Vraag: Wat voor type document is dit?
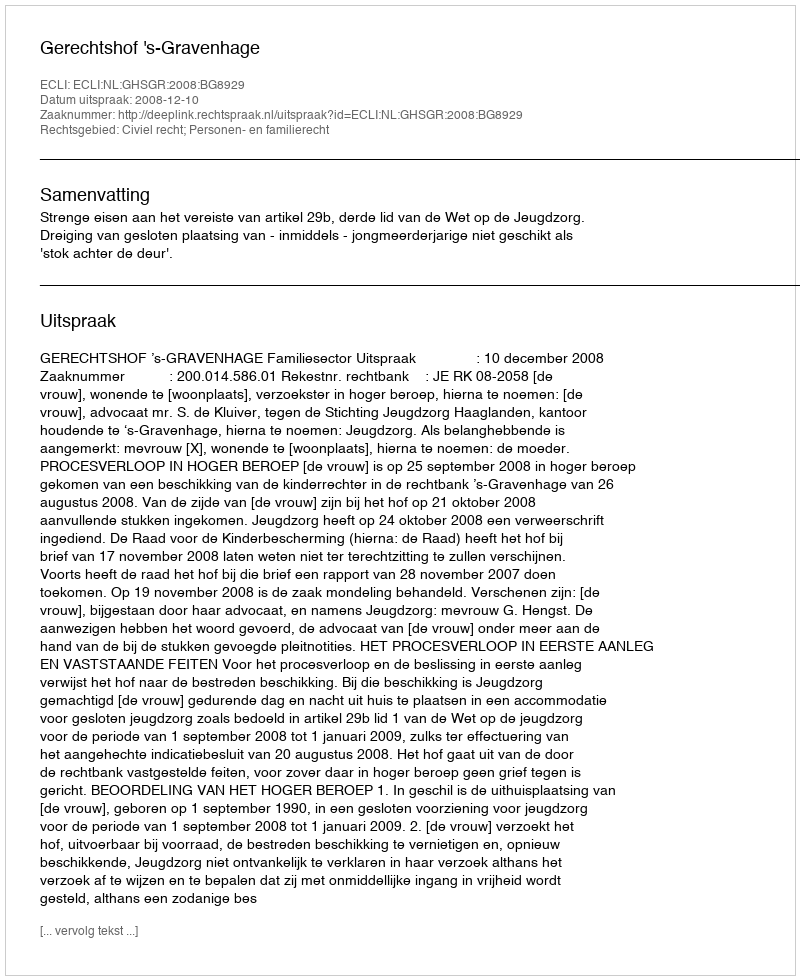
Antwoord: Uitspraak